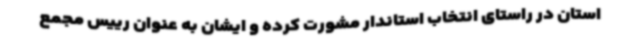
استان در راستای انتخاب استاندار مشورت کرده و ایشان به عنوان رییس مجمع